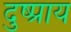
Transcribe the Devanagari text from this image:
दुष्प्राय